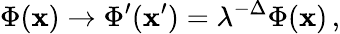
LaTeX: \Phi(\mathbf{x})\rightarrow\Phi^{\prime}(\mathbf{x}^{\prime})=\lambda^{-\Delta}\Phi(\mathbf{x})\, ,